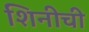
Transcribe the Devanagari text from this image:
शिनीची